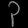
Digit: ၃